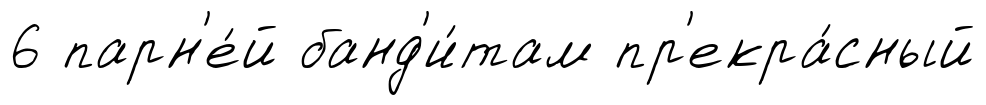
6 парн'е́й банд'и́там пр'екра́сный